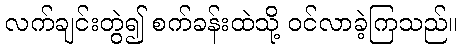
လက်ချင်းတွဲ၍ စက်ခန်းထဲသို့ ဝင်လာခဲ့ကြသည်။